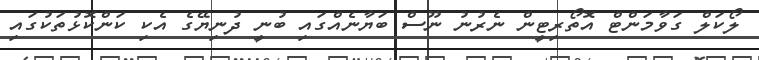
ލޯކަލް ގަވާމަންޓް އޮތޯރިޓީން ނެރުނު ނޫސް ބަޔާނެއްގައި ބުނީ ދުނިޔޭގެ އެކި ކަންކޮޅުތަކުގައި